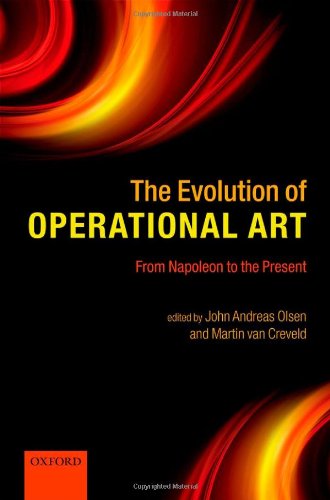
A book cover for The Evolution of Operational Art: From Napoleon to the Present; History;